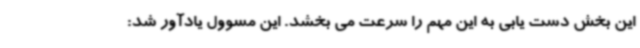
این بخش دست یابی به این مهم را سرعت می بخشد. این مسوول یادآور شد: